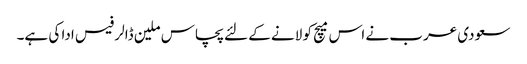
سعودی عرب نے اس میچ کو لانے کے لئے پچاس ملین ڈالر فیس ادا کی ہے۔